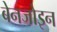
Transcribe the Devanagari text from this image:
बेनजोइन